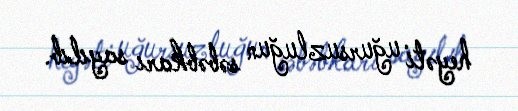
heyəti uğursuzluğun səbəbkarı sayılıb.